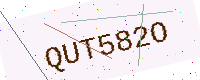
Text: QUT582O